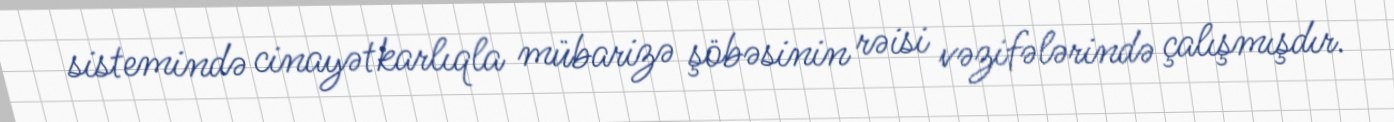
sistemində cinayətkarlıqla mübarizə şöbəsinin rəisi vəzifələrində çalışmışdır.